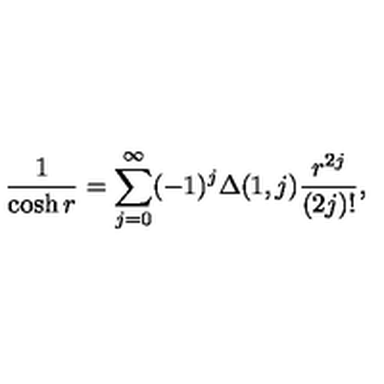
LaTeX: \frac { 1 } { \cosh r } = \sum _ { j = 0 } ^ { \infty } ( - 1 ) ^ { j } \Delta ( 1 , j ) \frac { r ^ { 2 j } } { ( 2 j ) ! } ,